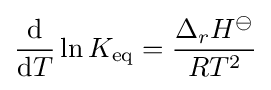
{\frac {\mathrm {d} }{\mathrm {d} T}}\ln K_{\mathrm {eq} }={\frac {\Delta _{r}H^{\ominus }}{RT^{2}}}